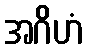
အဂိဟံ